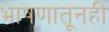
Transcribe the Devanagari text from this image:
भाषणातूनही